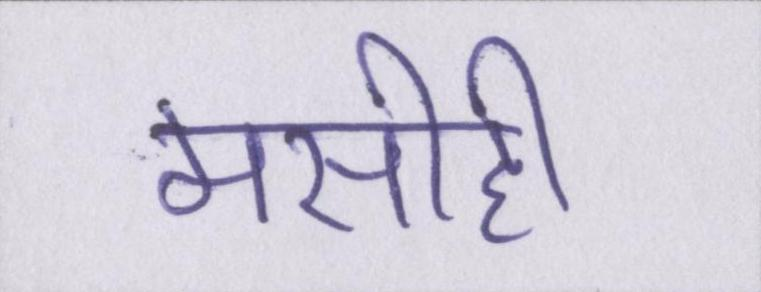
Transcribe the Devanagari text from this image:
मसीही